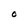
Character: O